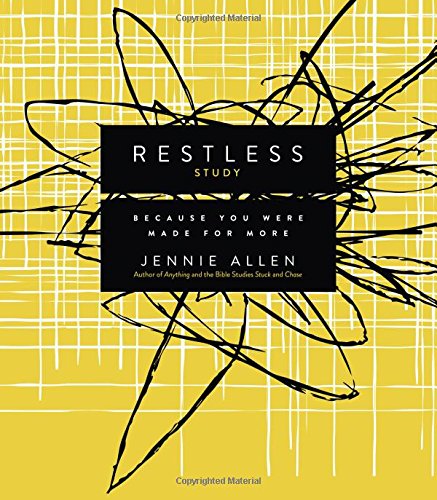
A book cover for Restless Study Guide: Because You Were Made for More; Jennie Allen; Christian Books & Bibles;